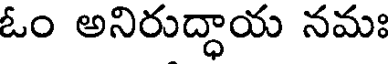
ఓం అనిరుద్ధాయ నమః